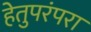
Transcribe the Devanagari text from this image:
हेतुपरंपरा